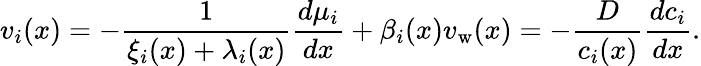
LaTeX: v_{i}(x)=-\frac{1}{\xi_{i}(x)+\lambda_{i}(x)}\frac{d\mu_{i}}{dx}+\beta_{i}(x)v_{\mathrm{w}}(x)=-\frac{D}{c_{i}(x)}\frac{dc_{i}}{dx}.